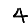
Digit: 4